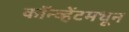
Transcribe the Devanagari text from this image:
कॉन्व्हेंटमधून